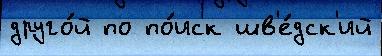
друго́й по по́иск шв'е́дск'ий